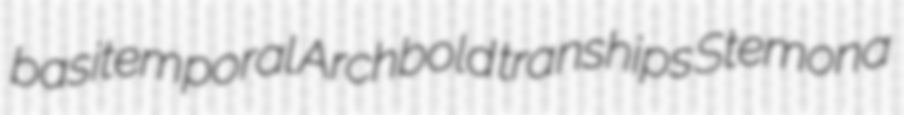
basitemporal Archbold tranships Stemona